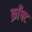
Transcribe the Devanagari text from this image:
क्राँफ्ट